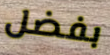
بفضل